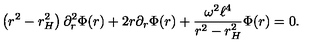
\left( r ^ { 2 } - r _ { H } ^ { 2 } \right) \partial _ { r } ^ { 2 } \Phi ( r ) + 2 r \partial _ { r } \Phi ( r ) + \frac { \omega ^ { 2 } \ell ^ { 4 } } { r ^ { 2 } - r _ { H } ^ { 2 } } \Phi ( r ) = 0 .